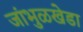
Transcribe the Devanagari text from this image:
जांभुळखेडा